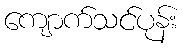
ကျောက်သင်ပုန်း